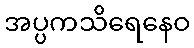
အပ္ပကသိရေနေဝ